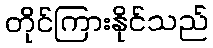
တိုင်ကြားနိုင်သည်